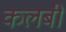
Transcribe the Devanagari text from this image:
कलबी